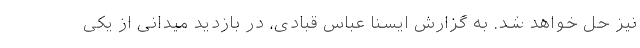
نیز حل خواهد شد. به گزارش ایسنا عباس قبادی، در بازدید میدانی از یکی